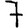
Digit: 7